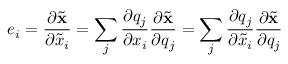
e _ { i } = \frac { \partial \ensuremath { { \widetilde { \mathbf { x } } } } } { \partial \widetilde { x } _ { i } } = \sum _ { j } \frac { \partial q _ { j } } { \partial x _ { i } } \frac { \partial \ensuremath { { \widetilde { \mathbf { x } } } } } { \partial q _ { j } } = \sum _ { j } \frac { \partial q _ { j } } { \partial \widetilde { x } _ { i } } \frac { \partial \ensuremath { { \widetilde { \mathbf { x } } } } } { \partial q _ { j } }